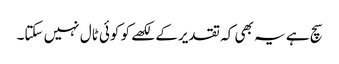
سچ ہے یہ بھی کہ تقدیرکے لکھے کو کوئی ٹال نہیں سکتا۔